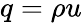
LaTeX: q=\rho u